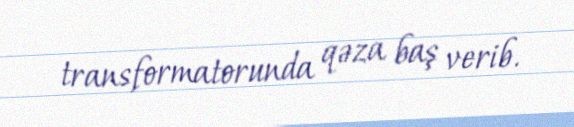
transformatorunda qəza baş verib.